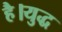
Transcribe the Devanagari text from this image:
है।युद्ध